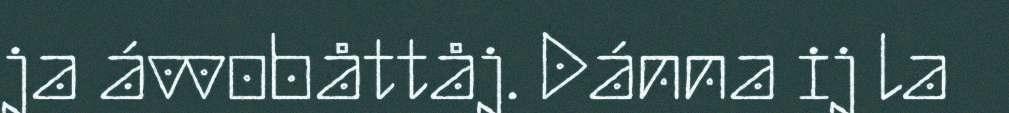
ja ávvobåttåj. Dánna ij la